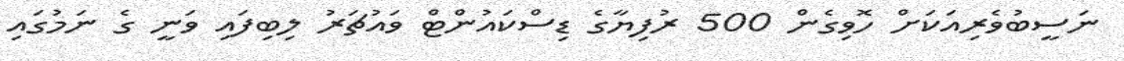
ނަސީބުވެރިއަކަށް ހޮވިގެން 500 ރުފިޔާގެ ޑިސްކައުންޓް ވައުޗަރު ލިބިފައި ވަނީ ގެ ނަމުގައި